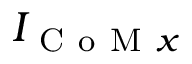
I _ { \mathrm { ~ C ~ o ~ M ~ } x }